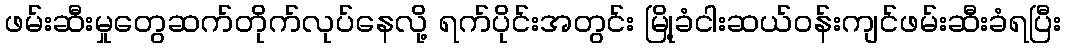
ဖမ်းဆီးမှုတွေဆက်တိုက်လုပ်နေလို့ ရက်ပိုင်းအတွင်း မြို့ခံငါးဆယ်ဝန်းကျင်ဖမ်းဆီးခံရပြီး